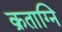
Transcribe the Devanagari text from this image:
क्रताग्नि